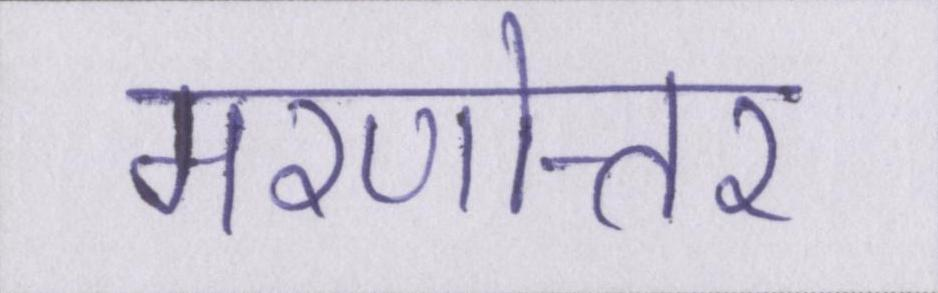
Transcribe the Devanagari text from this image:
मरणोत्तर